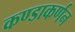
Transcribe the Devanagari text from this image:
कण्डाकर्णन